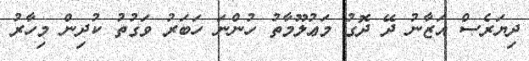
ދިޔަރެސް އަޒާނު ދޭ ދޮގު މަޢުލޫމާތު ހުންނަ ހަބަރު ވަގުތު ކުދިން މިހާރު